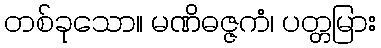
တစ်ခုသော။ မဏိဓဇ္ဇကံ၊ ပတ္တမြား